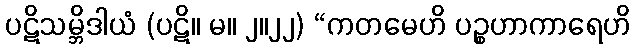
ပဋိသမ္ဘိဒါယံ (ပဋိ။ မ။ ၂။၂၂) “ကတမေဟိ ပဉ္စဟာကာရေဟိ